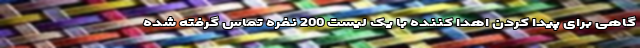
گاهی برای پیدا کردن اهدا کننده با یک لیست 200 نفره تماس گرفته شده